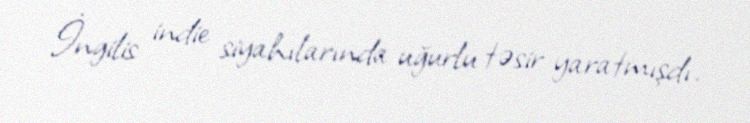
İngilis indie siyahılarında uğurlu təsir yaratmışdı.